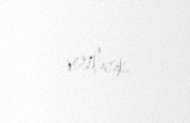
veriləcək.